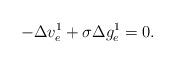
LaTeX: \begin{align*} -\Delta v_e^1+\sigma\Delta g_e^1=0.\end{align*}